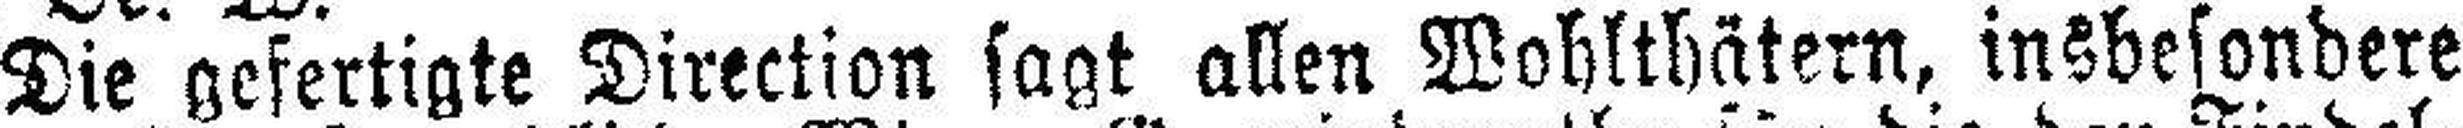
Die gefertigte Direction sagt allen Wohlthätern, insbesondere